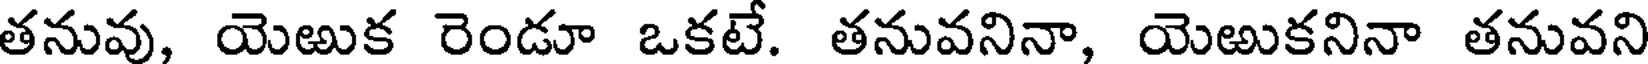
తనువు, యెఱుక రెండూ ఒకటే. తనువనినా, యెఱుకనినా తనువని